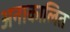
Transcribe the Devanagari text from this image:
अनाकालित